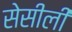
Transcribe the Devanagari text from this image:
सेसीली